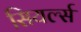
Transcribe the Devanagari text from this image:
सियर्ल्स